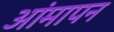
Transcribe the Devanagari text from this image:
आंमापन